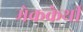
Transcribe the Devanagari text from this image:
मेककेर्थी